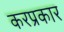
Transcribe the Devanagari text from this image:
करप्रकार